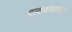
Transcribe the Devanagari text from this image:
वादळांमागील